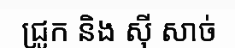
ជ្រូក និង ស៊ី សាច់